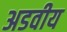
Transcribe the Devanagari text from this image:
अडवीय